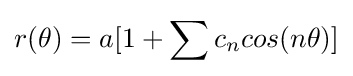
r(\theta )=a[1+\sum c_{n}cos(n\theta )]